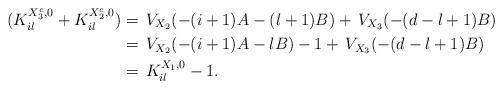
LaTeX: \begin{align*}(K_{il}^{X_{3}^{c},0}+K_{il}^{X_{2}^{c},0})&=\,V_{X_2}(-(i+1)A-(l+1)B)+\,V_{X_3}(-(d-l+1)B) \\&= \,V_{X_2}(-(i+1)A-lB)-1+\,V_{X_3}(-(d-l+1)B) \\&=\,K_{il}^{X_1,0}-1. \end{align*}